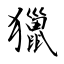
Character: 獵